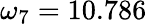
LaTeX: \omega_{7}=10.786